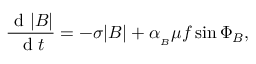
\frac { \mathrm { ~ d ~ } | B | } { \mathrm { ~ d ~ } t } = - \sigma | B | + \alpha _ { _ B } \mu f \sin { \Phi _ { B } } ,